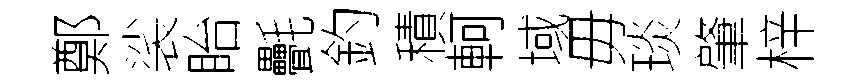
鄭裟眙㲲釣積軻域毋琰肇梓